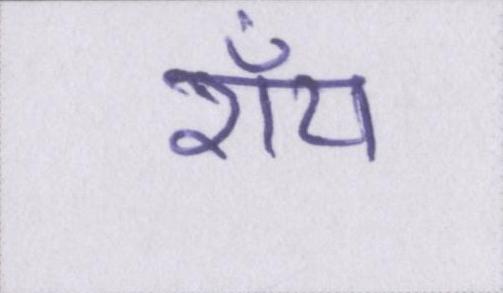
रॉय